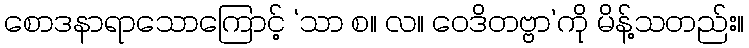
စောဒနာရာသောကြောင့် ‘သာ စ။ လ။ ဝေဒိတဗ္ဗာ’ကို မိန့်သတည်း။